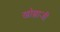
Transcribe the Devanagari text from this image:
खोब्राजी